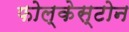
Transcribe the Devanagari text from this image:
फोल्केस्टोन